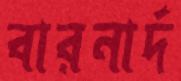
বারনার্দ